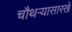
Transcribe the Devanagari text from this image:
चौथऱ्यासारखे